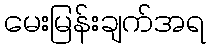
မေးမြန်းချက်အရ